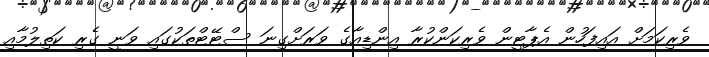
ވެރިކަމަށް އައިފަހުން އެޕާޓީން ވެރިކަންކުރާ އިންޑިއާގެ ވަރަށްގިނަ ސްޓޭޓްތަކުގައި ވަނީ ގެރި ކަތިލުމާއި